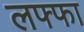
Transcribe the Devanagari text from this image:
लफ्फा